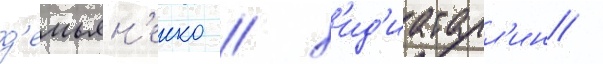
д'емьян'енко / х'ид'иатулл'ин /